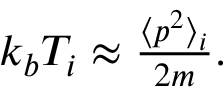
\begin{array} { r } { k _ { b } T _ { i } \approx \frac { \langle p ^ { 2 } \rangle _ { i } } { 2 m } . } \end{array}